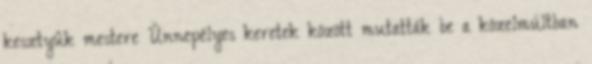
kesztyûk mestere Ünnepélyes keretek között mutatták be a közelmúltban